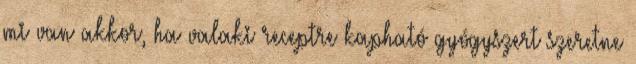
mi van akkor, ha valaki receptre kapható gyógyszert szeretne